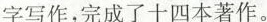
字写作，完成了十四本著作。